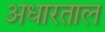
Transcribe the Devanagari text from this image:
अधारताल